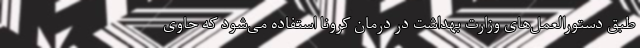
طبق دستورالعمل‌های وزارت بهداشت در درمان کرونا استفاده می‌شود که حاوی